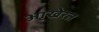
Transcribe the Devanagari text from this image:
आखेरत